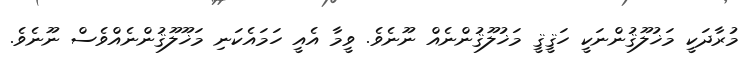
މުރާދަކީ މަޚުލޫޤުންނަކީ ހަޤީޤީ މަޚުލޫޤުންނެއް ނޫނެވެ. ވީމާ އެއީ ހަމައެކަނި މަޚޫލޫޤުންނެއްވެސް ނޫނެވެ.